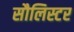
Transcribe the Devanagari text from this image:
सौलिस्टर